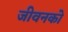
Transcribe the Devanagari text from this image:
जीवनको